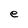
Character: e